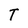
Character: T